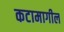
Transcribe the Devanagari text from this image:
कटामागील